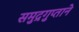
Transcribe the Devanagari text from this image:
समुद्रगुप्ताने